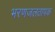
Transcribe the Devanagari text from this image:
भरणजलतापक